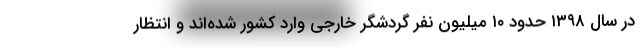
در سال ۱۳۹۸ حدود ۱۰ میلیون نفر گردشگر خارجی وارد کشور شده‌اند و انتظار